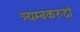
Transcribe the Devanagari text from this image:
त्र्यम्बकरुद्रो